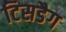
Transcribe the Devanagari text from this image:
टिसडैग